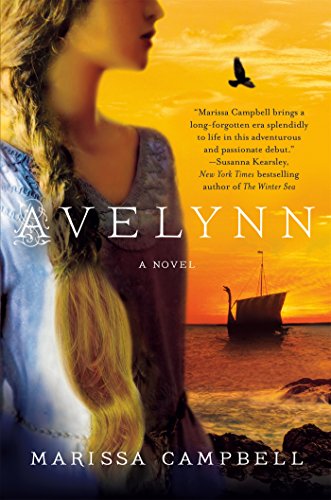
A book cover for Avelynn: A Novel; Marissa Campbell; Romance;